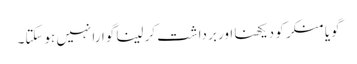
گویا منکر کو دیکھنا اور برداشت کر لینا گوارا نہیں ہوسکتا۔